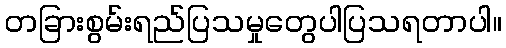
တခြားစွမ်းရည်ပြသမှုတွေပါပြသရတာပါ။